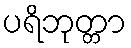
ပရိဘုတ္တာ